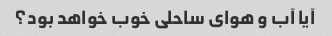
آیا آب و هوای ساحلی خوب خواهد بود؟